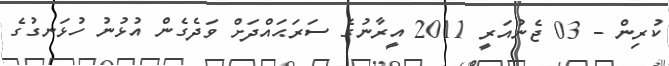
ކުރިން - 03 ޖެނުއަރީ 2011 އީރާނުގެ ސަރަޙައްދަށް ވަދެގެން އުޅުނު ހުޅަނގުގެ